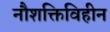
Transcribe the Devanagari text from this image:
नौशक्तिविहीन